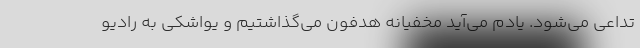
تداعی می‌شود. یادم می‌آید مخفیانه هدفون می‌گذاشتیم و یواشکی به رادیو